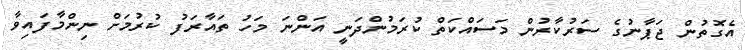
އެގޮތުން ޖަޕާނުގެ ސަރުކާރުން މަސައްކަތް ކުރަމުންދަނީ އަންނަ މަހު ތައާރަފު ކުރުމަށް ނިންމާފައިވާ